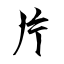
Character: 片